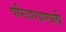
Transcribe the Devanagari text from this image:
परिवारप्रणाली